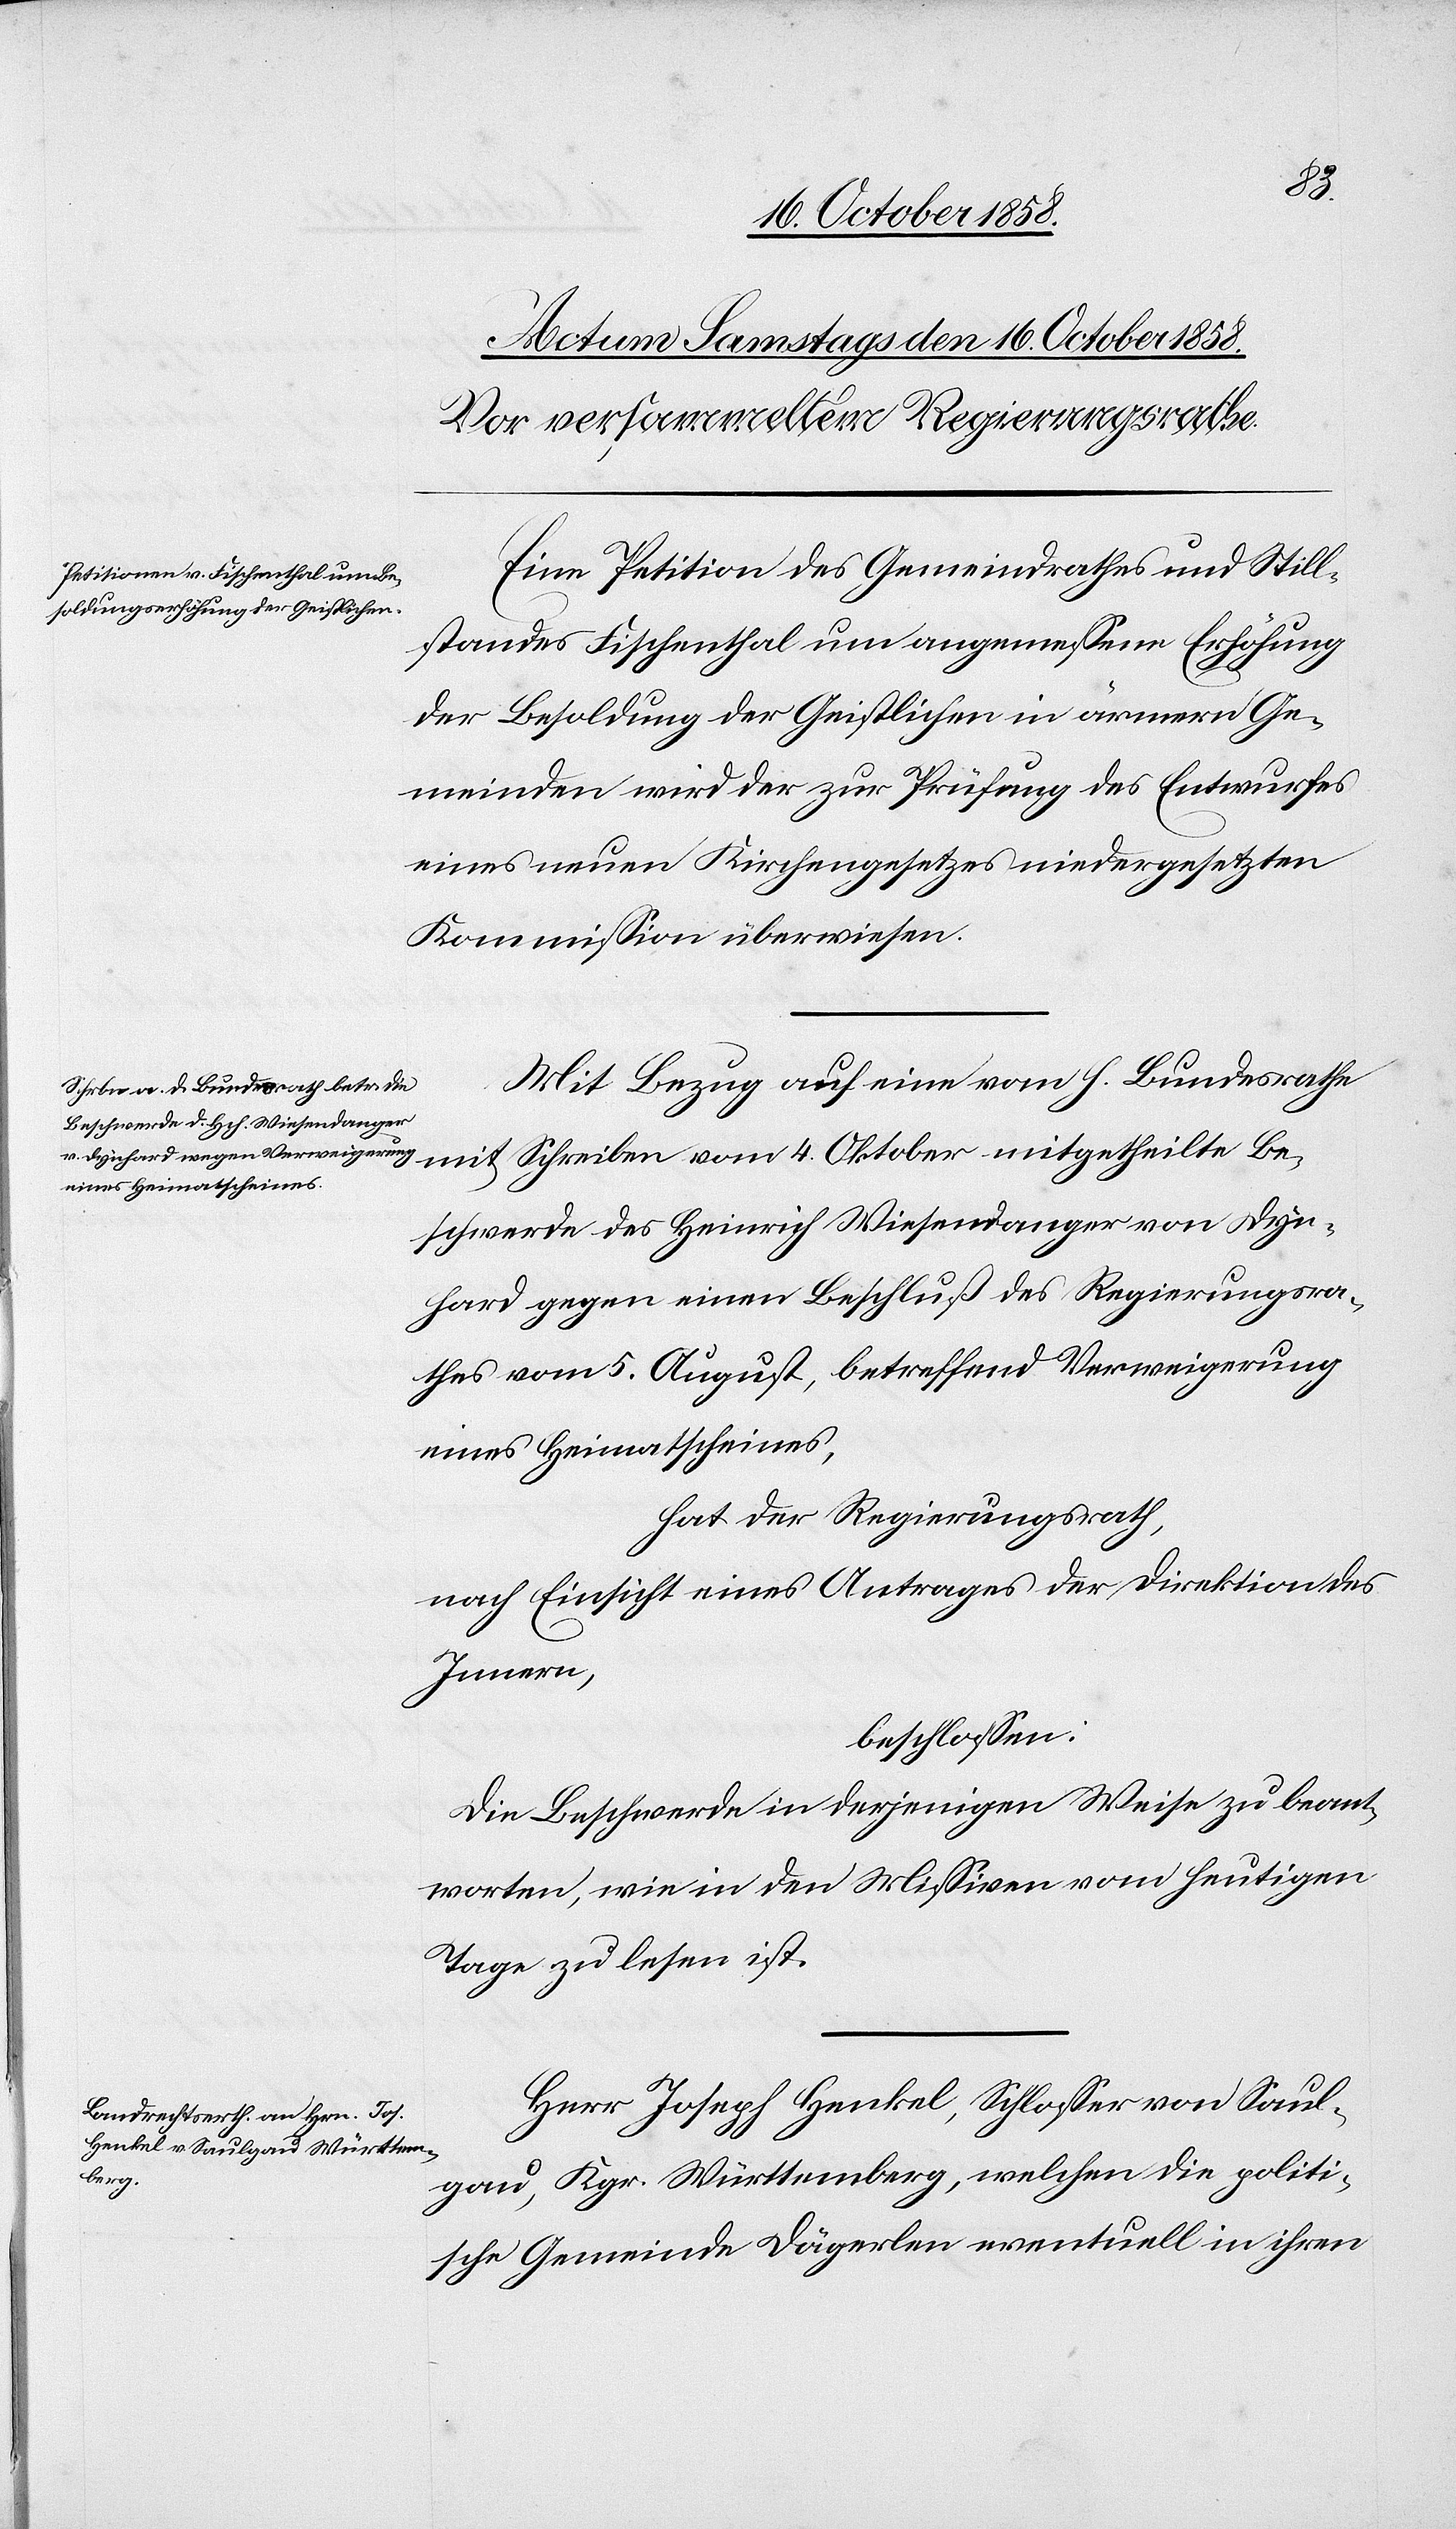
Be¬
Eine Petition des Gemeindrathes und Still¬
standes Fischenthal um angemessene Erhöhung
der Besoldung der Geistlichen in ärmern Ge¬
meinden wird der zur Prüfung des Entwurfes
eines neuen Kirchengesetzes niedergesetzten
Kommission überwiesen.
Mit Bezug auf eine vom h. Bundesrathe
schwerde des Heinrich Wiesendanger von Dyn¬
hard gegen einen Beschluß des Regierungsra¬
thes vom 5. August, betreffend Verweigerung
eines Heimatscheines,
hat der Regierungsrath,
nach Einsicht eines Antrages der Direktion des
Innern,
beschlossen:
Die Beschwerde in derjenigen Weise zu beant¬
worten, wie in den Missiven vom heutigen
Tage zu lesen ist.
Herr Joseph Henkel, Schlosser von Saul¬
gau, Kgr. Württemberg, welchen die politi¬
sche Gemeinde Dägerlen eventuell in ihren